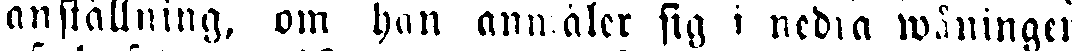
anställning, om han anmäler sig i nedra wåningen